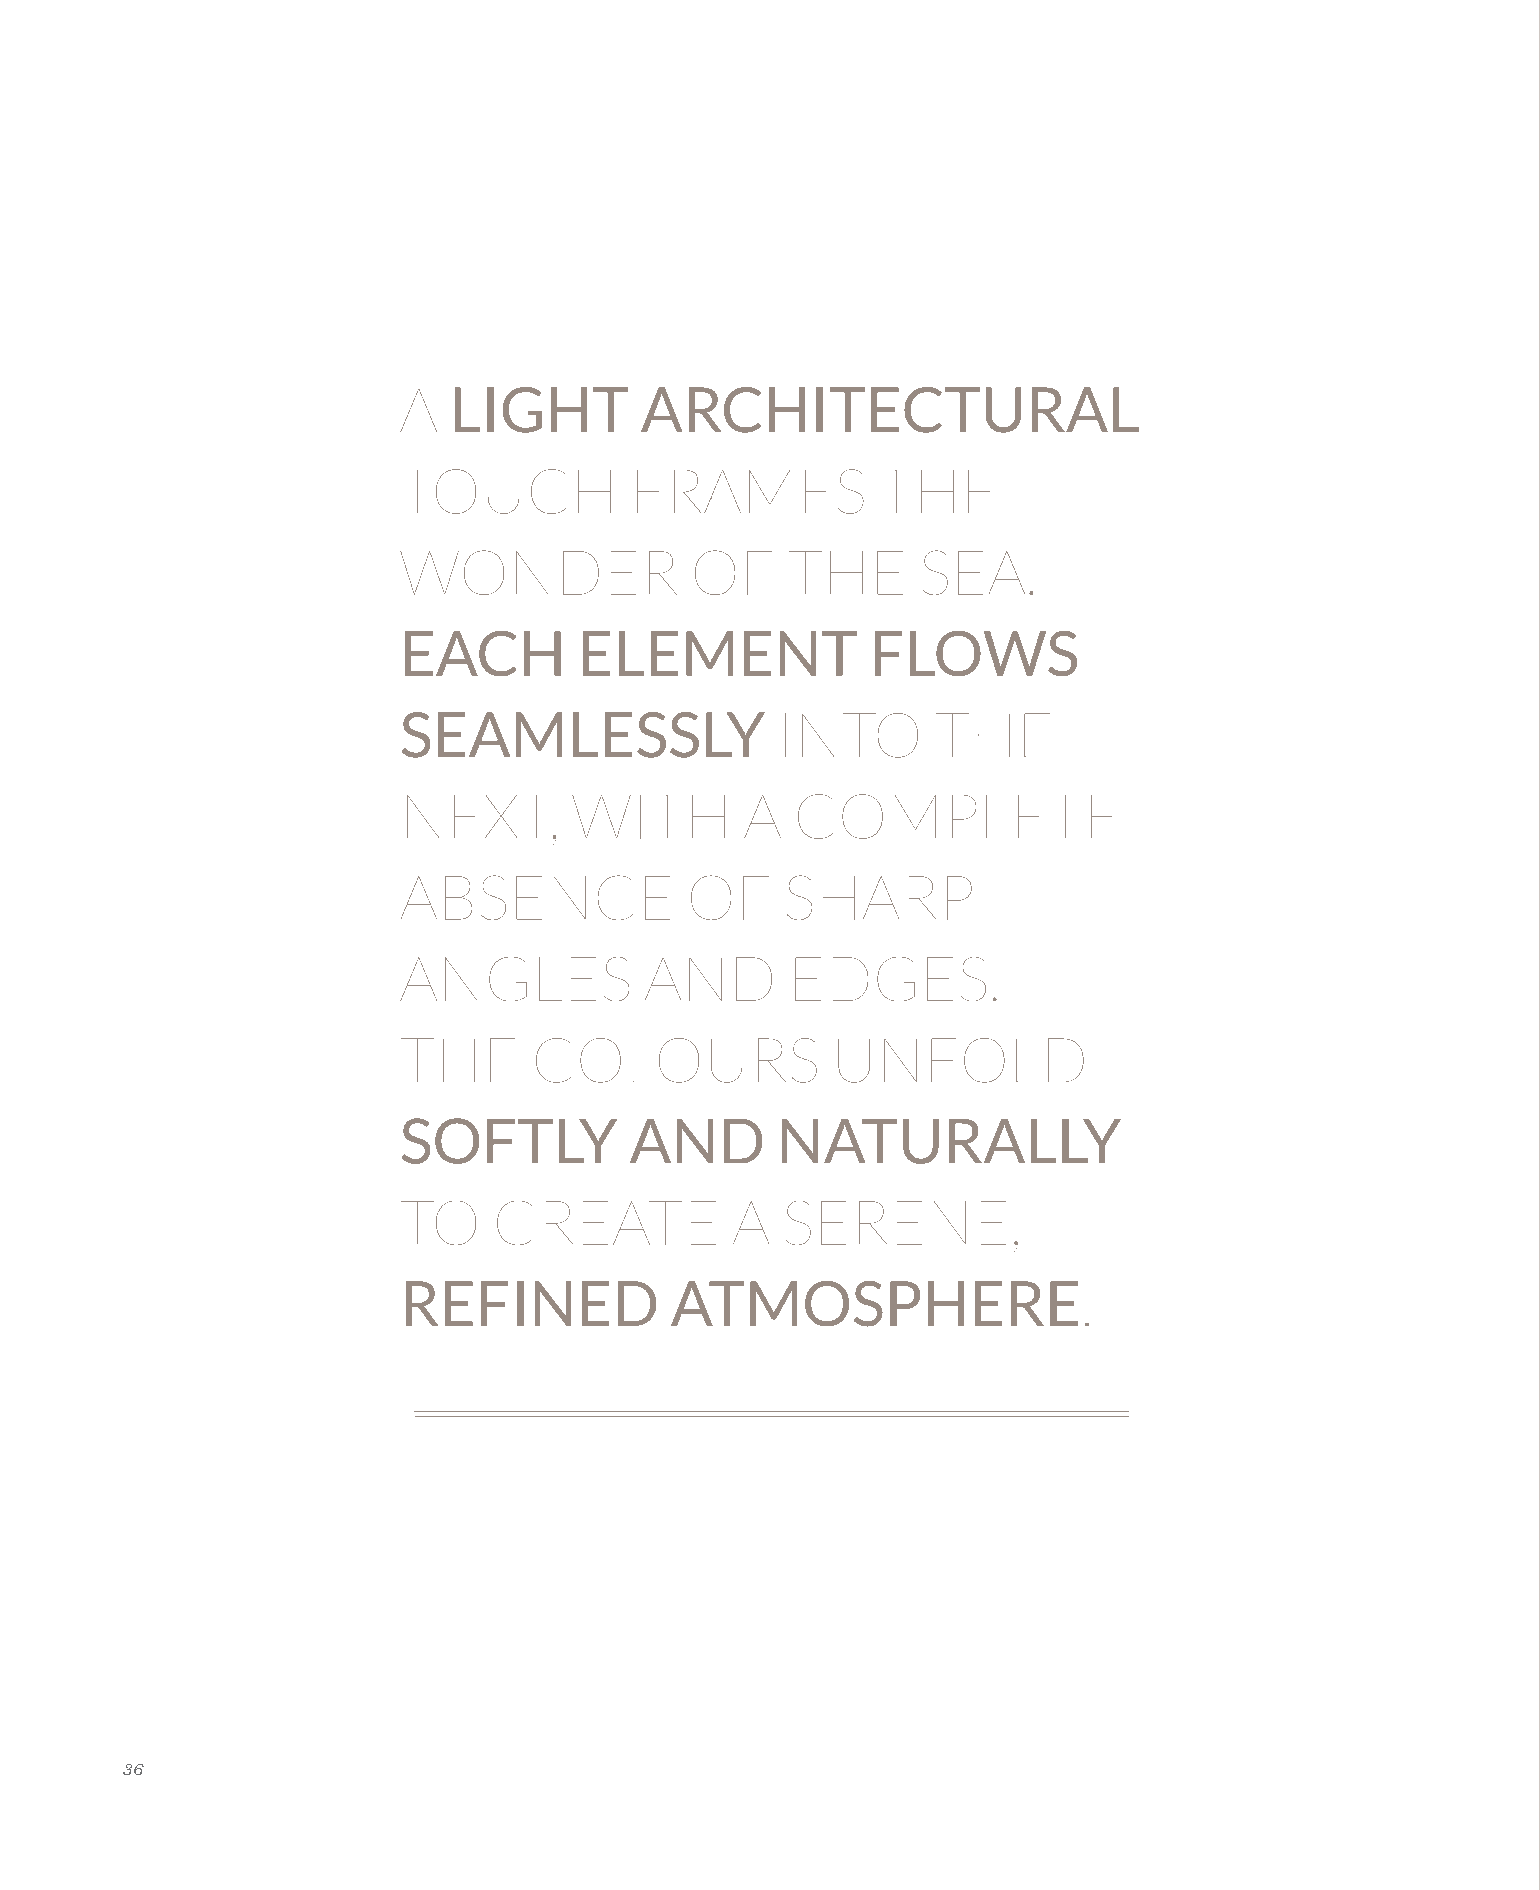
A   LIGHT       ARCHITECTURAL
 TOUCH           FRAMES          THE
 WONDER              OF    THE      SEA.
 EACH        ELEMENT             FLOWS
 SEAMLESSLY               INTO       THE
 NEXT,       WITH       A  COMPLETE
 ABSENCE            OF     SHARP
 ANGLES           AND      EDGES.
 THE      COLOURS             UNFOLD
 SOFTLY          AND      NATURALLY
 TO     CREATE         A   SERENE,
 REFINED           ATMOSPHERE.
 36